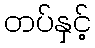
တပ်နှင့်